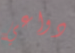
دواعي